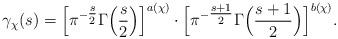
LaTeX: \begin{align*}\gamma_{\chi}(s) = \Big[ \pi^{-\tfrac{s}{2}} \Gamma\Big(\frac{s}{2}\Big) \Big]^{a(\chi)} \cdot \Big[ \pi^{-\tfrac{s+1}{2} } \Gamma\Big( \frac{s+1}{2} \Big) \Big]^{b(\chi)}. \end{align*}